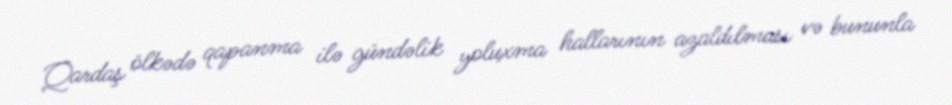
Qardaş ölkədə qapanma ilə gündəlik yoluxma hallarının azaldılması və bununla